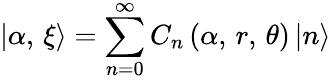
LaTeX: \left|\alpha,\, \xi\right\rangle=\sum_{n=0}^{\infty}C_{n}\left(\alpha,\, r,\, \theta\right)\left|n\right\rangle